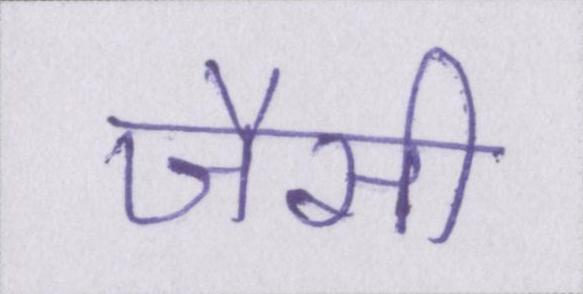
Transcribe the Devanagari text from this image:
जैसी